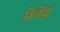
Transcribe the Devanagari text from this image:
प्रेवेंद्र